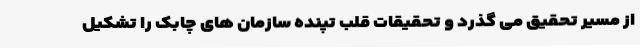
از مسیر تحقیق می گذرد و تحقیقات قلب تپنده سازمان های چابک را تشکیل